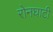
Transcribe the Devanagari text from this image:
रोनघाटी